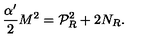
\frac { \alpha ^ { \prime } } { 2 } M ^ { 2 } = { \cal P } _ { R } ^ { 2 } + 2 N _ { R } .